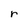
Character: r